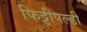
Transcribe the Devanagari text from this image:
फिट्टीपल्डी